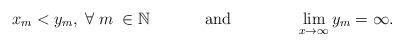
LaTeX: \begin{align*} x_{m}<y_{m},\;\forall\; m\;\in \mathbb{N}\;\;\;\;\;\;\;\;\;\;\;\;\mbox{and}\;\;\;\;\;\;\;\;\;\;\;\;\;\;\lim_{x\rightarrow\infty}y_{m}=\infty.\\\end{align*}